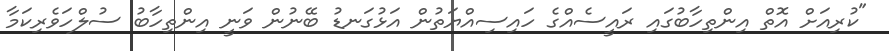
"ކުރިއަށް އޮތް އިންތިހާބުގައި ރައީސެއްގެ ހައިސިއްޔަތުން އަޅުގަނޑު ބޭނުން ވަނީ އިންތިހާބު ސުލްހަވެރިކަމާ